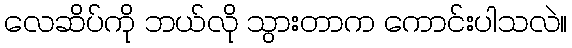
လေဆိပ်ကို ဘယ်လို သွားတာက ကောင်းပါသလဲ။